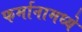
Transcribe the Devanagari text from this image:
फर्मानामध्ये